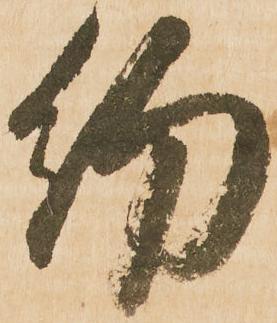
約